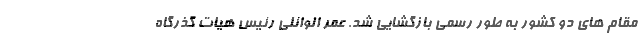
مقام های دو کشور به طور رسمی بازگشایی شد. عمر الوائلی رئیس هیات گذرگاه